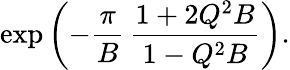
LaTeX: \exp\left(-\frac{\pi}{B}\, \frac{1+2Q^{2}B}{1-Q^{2}B}\right).